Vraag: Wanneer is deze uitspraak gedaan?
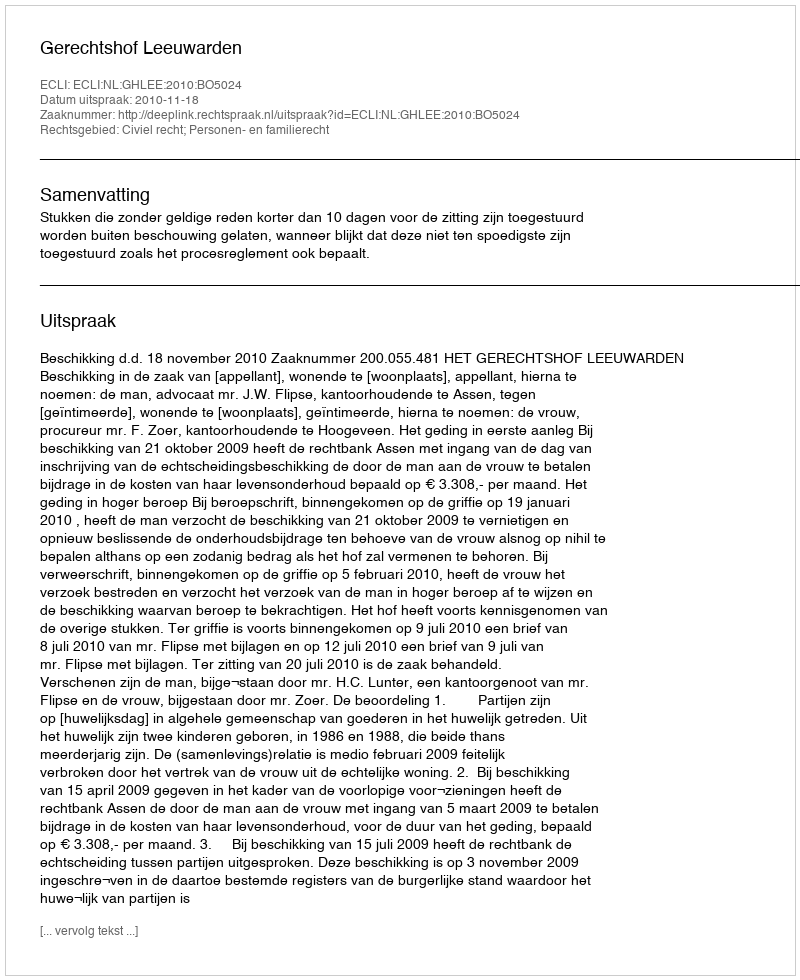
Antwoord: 2010-11-18